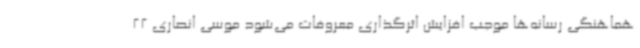
هماهنگی رسانه‌ها موجب افزایش اثرگذاری معروفات می‌شود موسی انصاری 22